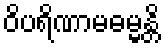
ဝိပရိဏာမဓမ္မန္တိ